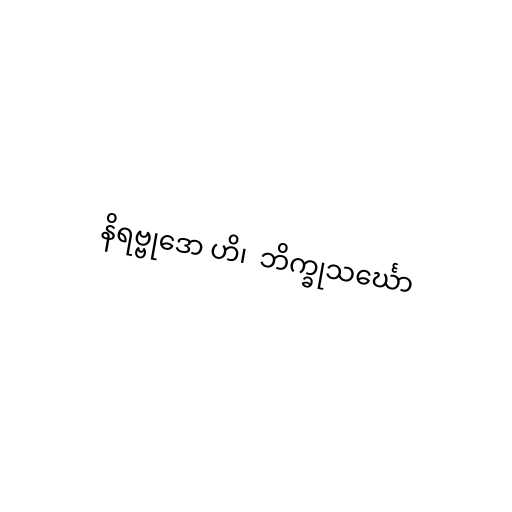
နိရဗ္ဗုဒော ဟိ၊  ဘိက္ခုသင်္ဃော